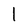
Character: l